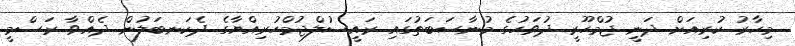
މިހާރު ކުރިއަށް ދަނީ ޖުމްހޫރީ ދުވަހުގެ މުނާސަބަތުގައި ރައީސުލްޖުމްހުރިއްޔާގެ ދެކަނބަލުން ދެއްވާ ރަސްމީ